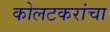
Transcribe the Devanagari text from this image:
कोलटकरांचा